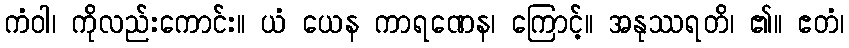
ကံဝါ၊ ကိုလည်းကောင်း။ ယံ ယေန ကာရဏေန၊ ကြောင့်။ အနုဿရတိ၊ ၏။ ဧတံ၊